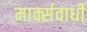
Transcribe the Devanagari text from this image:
मार्क्सवाधी